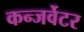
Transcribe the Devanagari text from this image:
कन्जर्वेटर